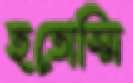
হতোস্মি